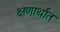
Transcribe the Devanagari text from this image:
क्षणार्थात